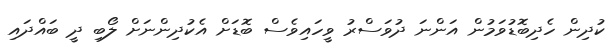
ކުދިން ހެދިބޮޑުވަމުން އަންނަ ދުވަސްރު ވީހައިވެސް ބޮޑަށް އެކުދިންނަށް ލޯބި ދީ ބައްދައި